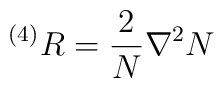
^{\left( 4\right) }R=\frac{2}{N}\nabla ^{2}N